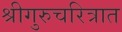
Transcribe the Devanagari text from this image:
श्रीगुरुचरित्रात